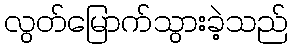
လွတ်မြောက်သွားခဲ့သည်